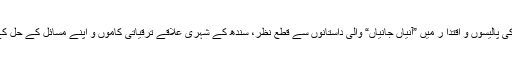
متحدہ کی ماضی کی پالیسوں و اقتدا ر میں ”آنیاں جانیاں“ والی داستانوں سے قطع نظر، سندھ کے شہری علاقے ترقیاتی کاموں و اپنے مسائل کے حل کے لئے منتظر ہیں۔